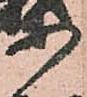
等